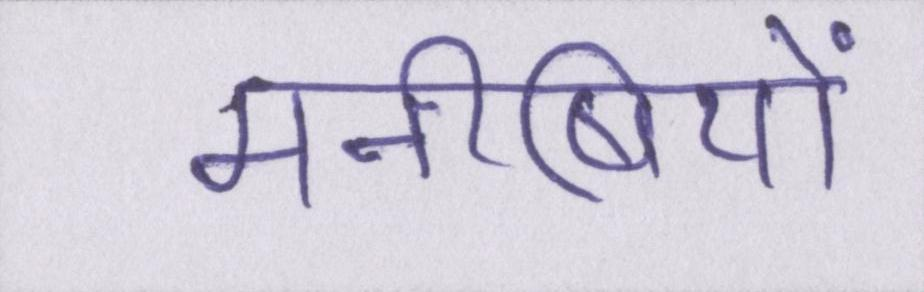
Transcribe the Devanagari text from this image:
मनीषियों